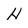
Character: H